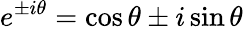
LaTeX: e^{\pm i\theta}=\cos\theta\pm i\sin\theta